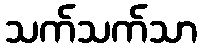
သက်သက်သာ